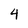
Character: 4